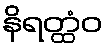
နိရတ္ထံဝ